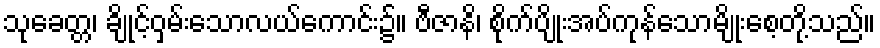
သုခေတ္တ၊ ချိုင့်ဝှမ်းသောလယ်ကောင်း၌။ ဗီဇာနိ၊ စိုက်ပျိုးအပ်ကုန်သောမျိုးစေ့တို့သည်။